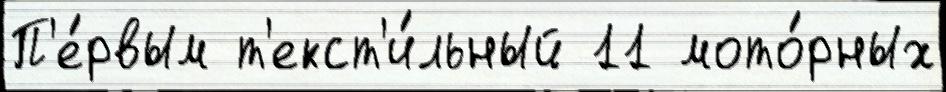
П'е́рвым т'екст'и́льный 11 мото́рных